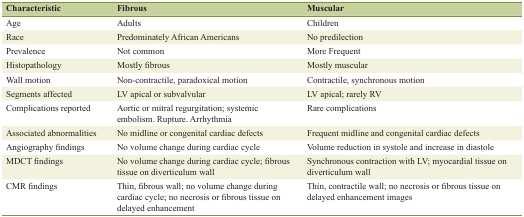
<table><thead><tr><td><b>Characteristic</b></td><td><b>Fibrous</b></td><td><b>Muscular</b></td></tr></thead><tbody><tr><td>Age</td><td>Adults</td><td>Children</td></tr><tr><td>Race</td><td>Predominately African Americans</td><td>No predilection</td></tr><tr><td>Prevalence</td><td>Not common</td><td>More Frequent</td></tr><tr><td>Histopathology</td><td>Mostly fibrous</td><td>Mostly muscular</td></tr><tr><td>Wall motion</td><td>Non-contractile, paradoxical motion</td><td>Contractile, synchronous motion</td></tr><tr><td>Segments affected</td><td>LV apical or subvalvular</td><td>LV apical; rarely RV</td></tr><tr><td>Complications reported</td><td>Aortic or mitral regurgitation; systemic embolism. Rupture. Arrhythmia</td><td>Rare complications</td></tr><tr><td>Associated abnormalities</td><td>No midline or congenital cardiac defects</td><td>Frequent midline and congenital cardiac defects</td></tr><tr><td>Angiography findings</td><td>No volume change during cardiac cycle</td><td>Volume reduction in systole and increase in diastole</td></tr><tr><td>MDCT findings</td><td>No volume change during cardiac cycle; fibrous tissue on diverticulum wall</td><td>Synchronous contraction with LV; myocardial tissue on diverticulum wall</td></tr><tr><td>CMR findings</td><td>Thin, fibrous wall; no volume change during cardiac cycle; no necrosis or fibrous tissue on delayed enhancement</td><td>Thin, contractile wall; no necrosis or fibrous tissue on delayed enhancement images</td></tr></tbody></table>